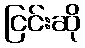
ငြင်းဆို